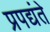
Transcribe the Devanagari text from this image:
प्रपद्यंते